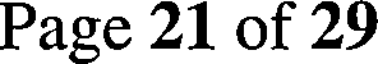
Page 21 of 29